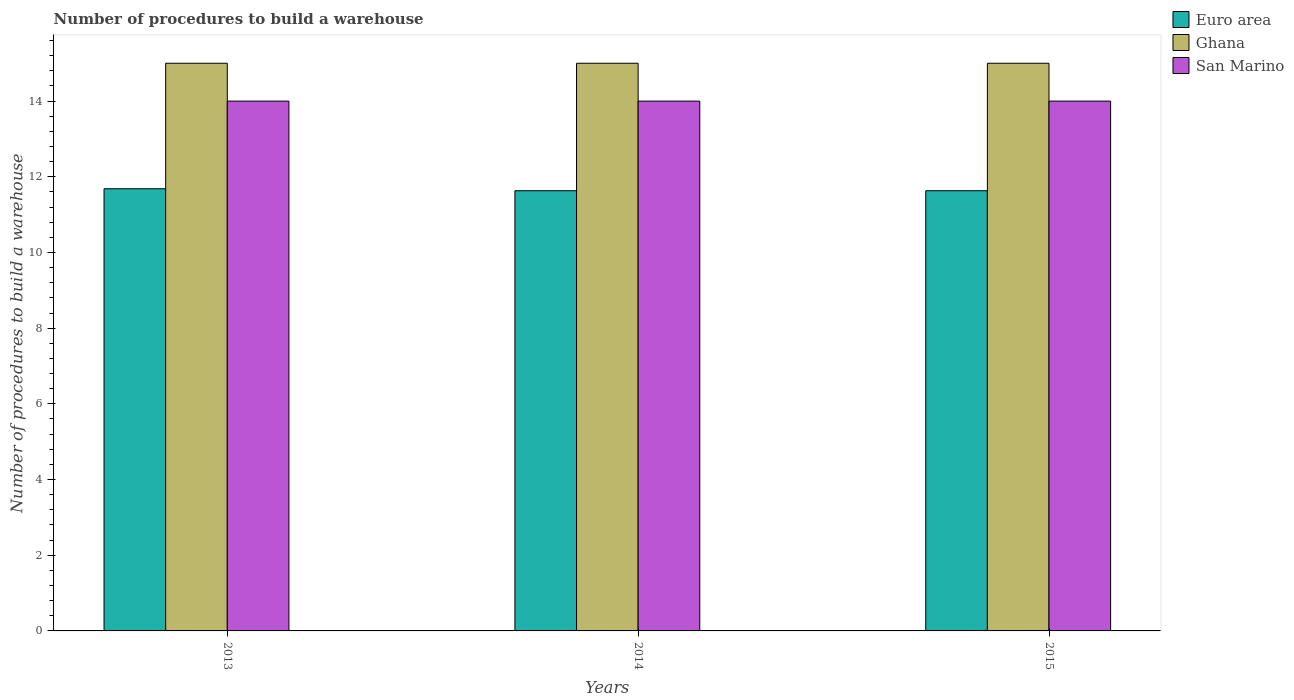
| Years | Euro area | Ghana | San Marino |
 | --- | --- | --- | --- |
 | 2013 | 11.7 | 15 | 14 |
 | 2014 | 11.6 | 15 | 14 |
 | 2015 | 11.6 | 15 | 14 |